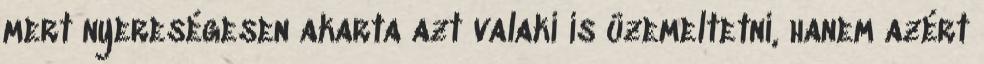
mert nyereségesen akarta azt valaki is üzemeltetni, hanem azért